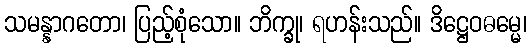
သမန္နာဂတော၊ ပြည့်စုံသော။ ဘိက္ခု၊ ရဟန်းသည်။ ဒိဋ္ဌေဝဓမ္မေ၊